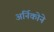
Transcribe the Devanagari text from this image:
अर्निकोने